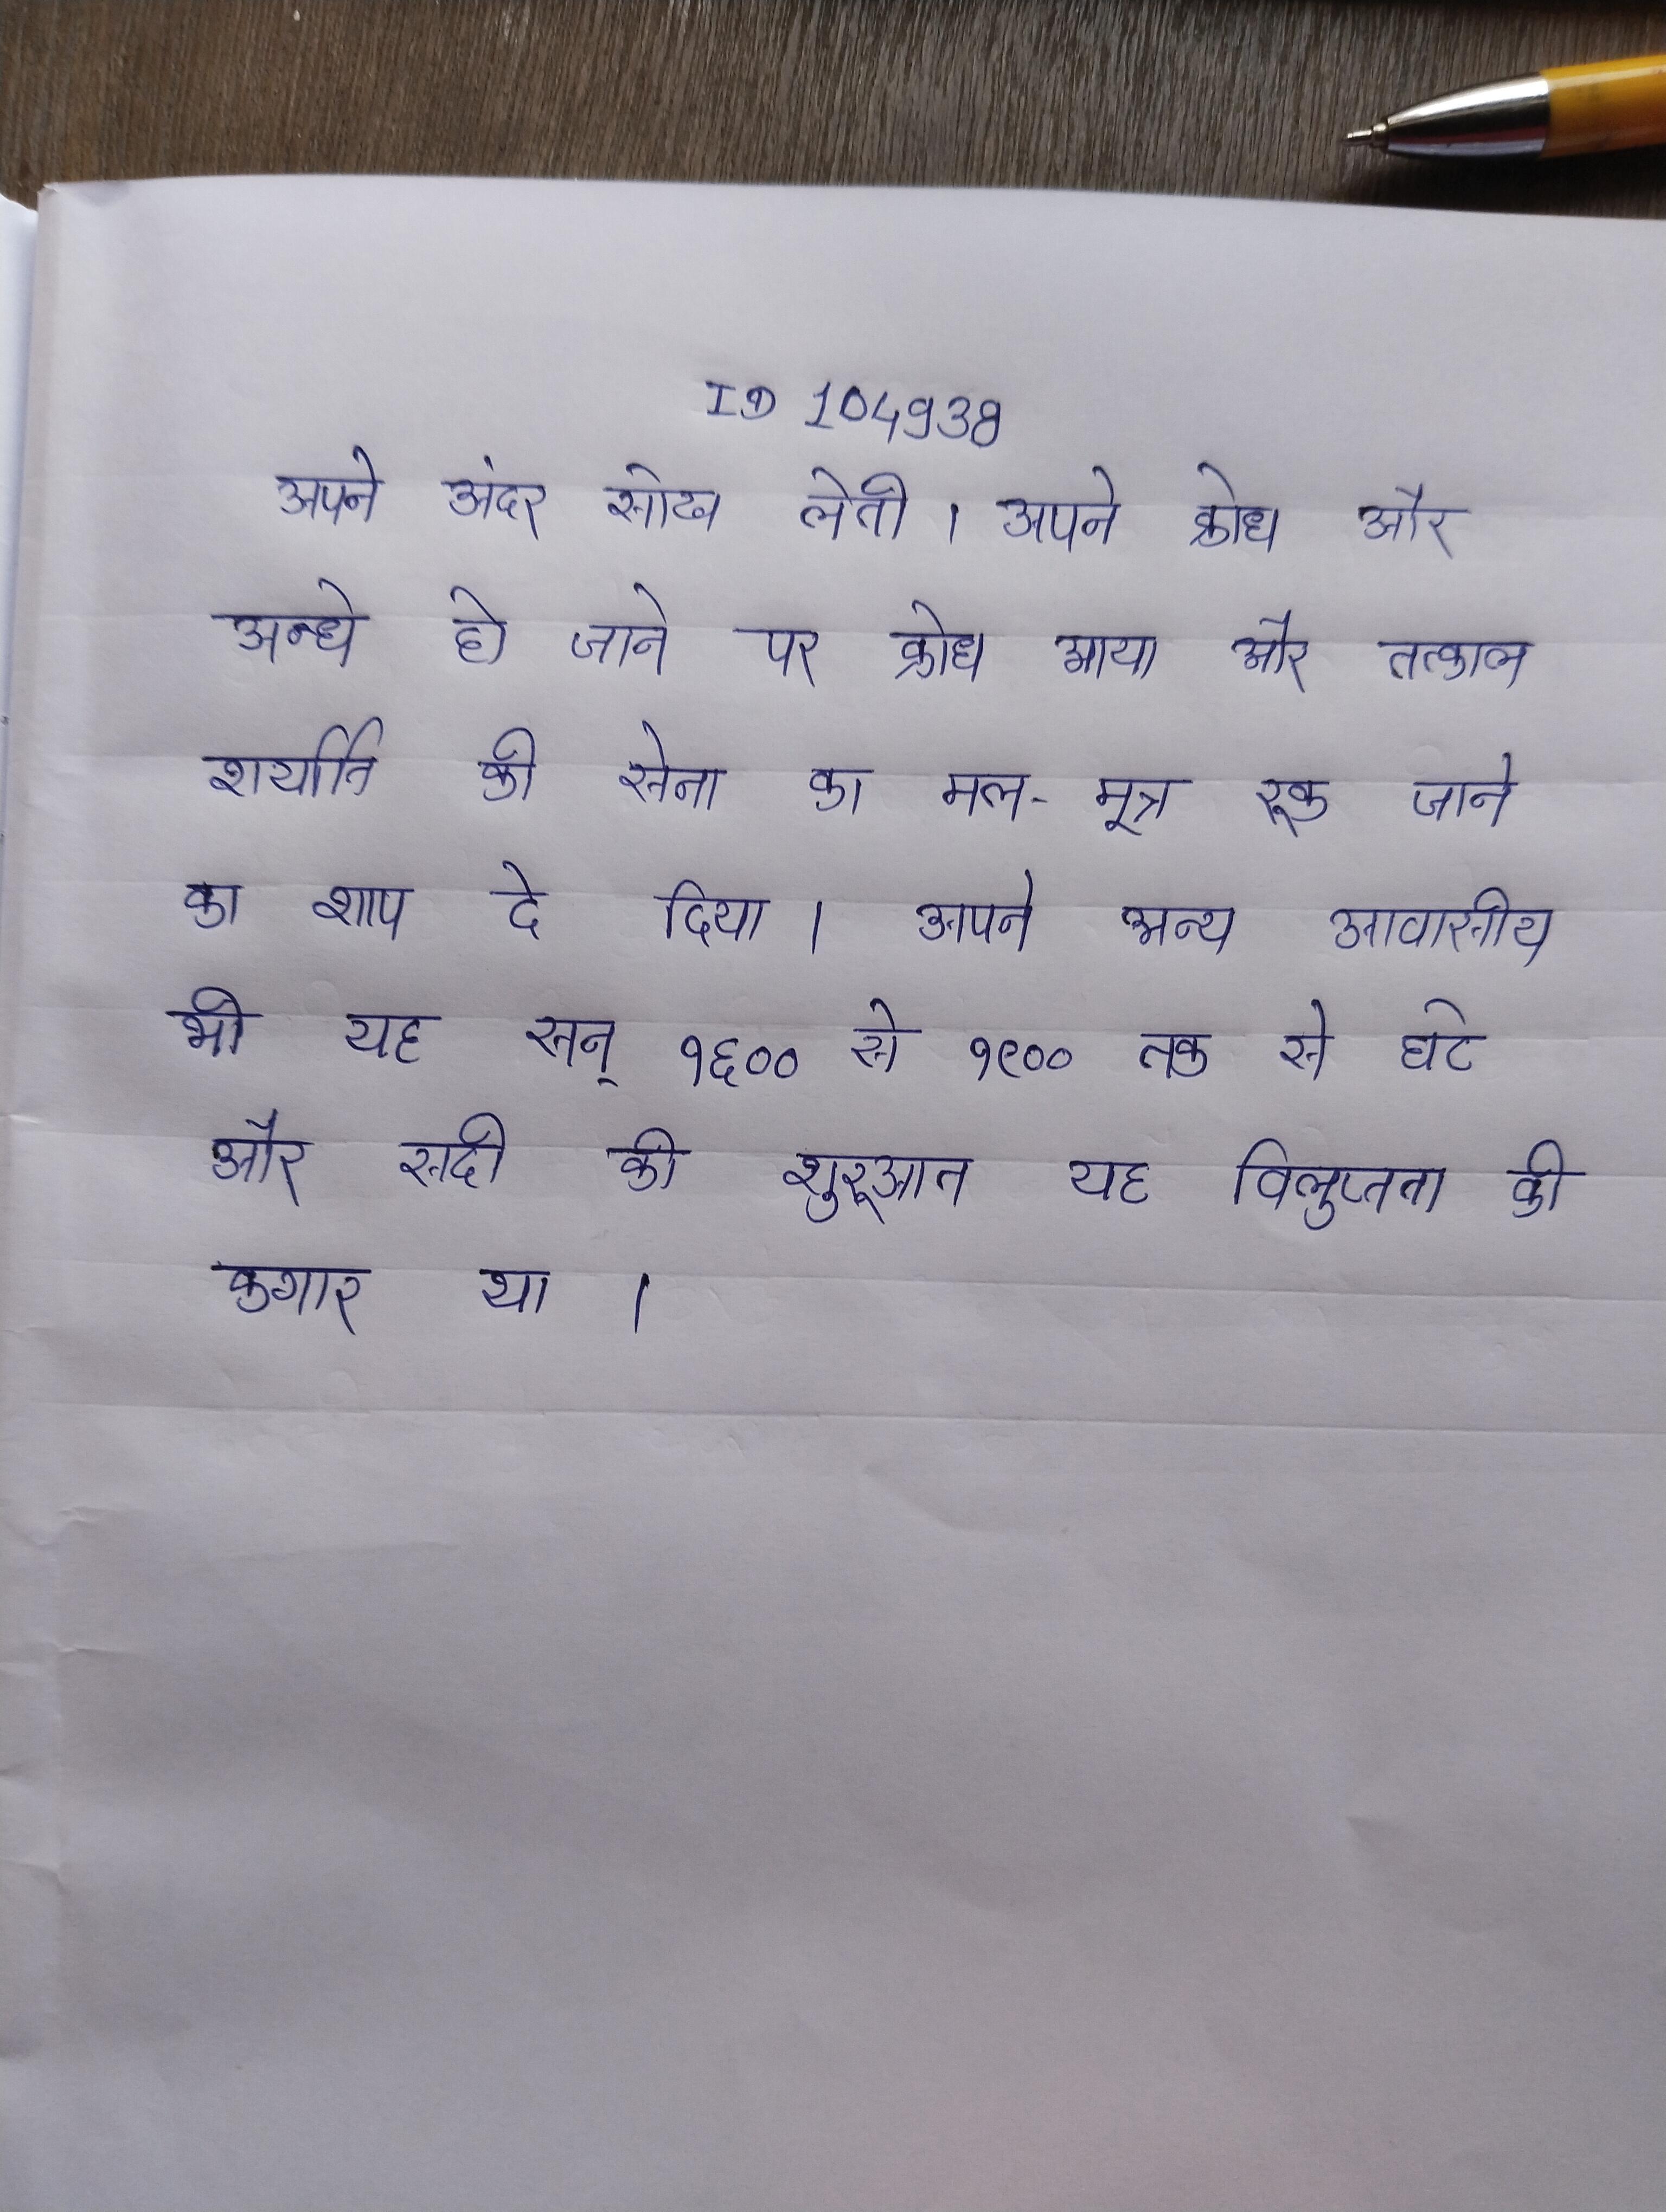
अकबर शासन जब राजा के सूबेदार नियत हुए, तब के पार प्रान्त का शासन उनके को दिया गया । अकबर शाही ताज को को हुए अकबर साहब मदनमोहन मालवीय कि मित्र थे । अकबर से कहा हुसैन अजमेरी का इरादा है कि का लश्कर जमा करके आप पर और खुद देहली के बादशाह बन ।